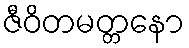
ဇီဝိတမတ္တနော